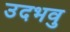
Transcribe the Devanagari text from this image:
उदभवु